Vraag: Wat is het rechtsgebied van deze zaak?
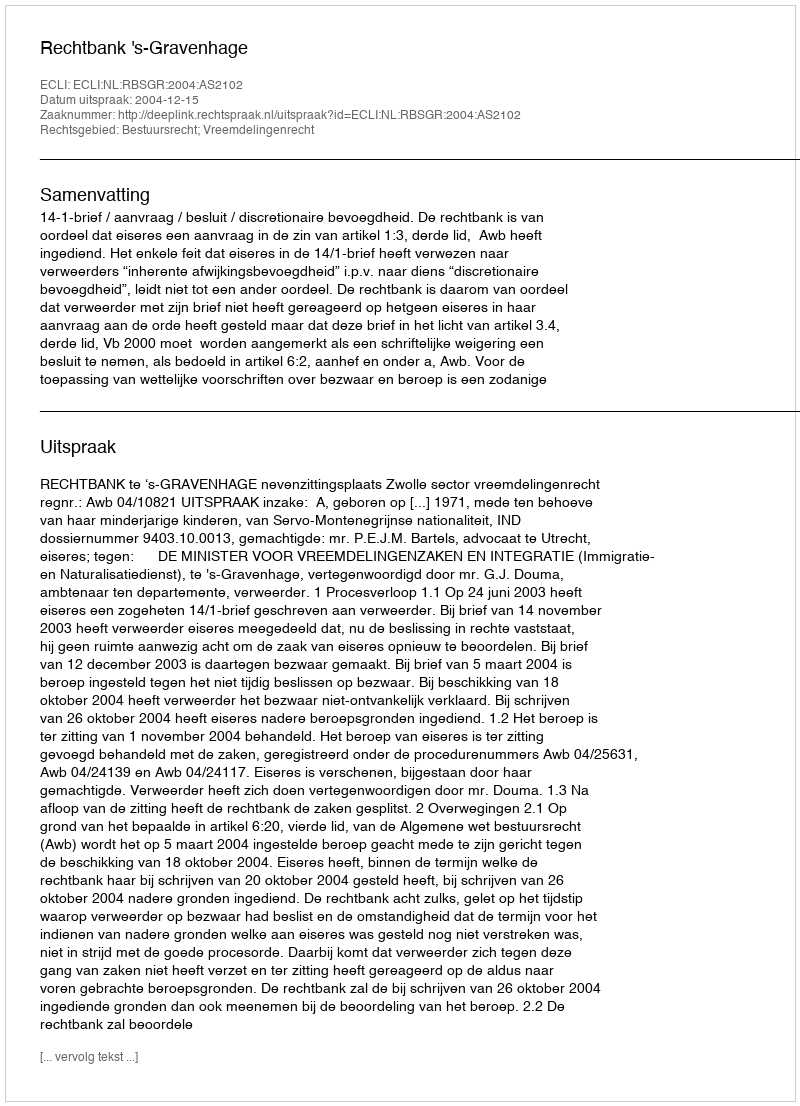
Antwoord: Bestuursrecht; Vreemdelingenrecht